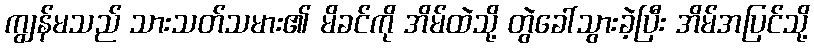
ကျွန်မသည် သားသတ်သမား၏ မိခင်ကို အိမ်ထဲသို့ တွဲခေါ်သွားခဲ့ပြီး အိမ်အပြင်သို့